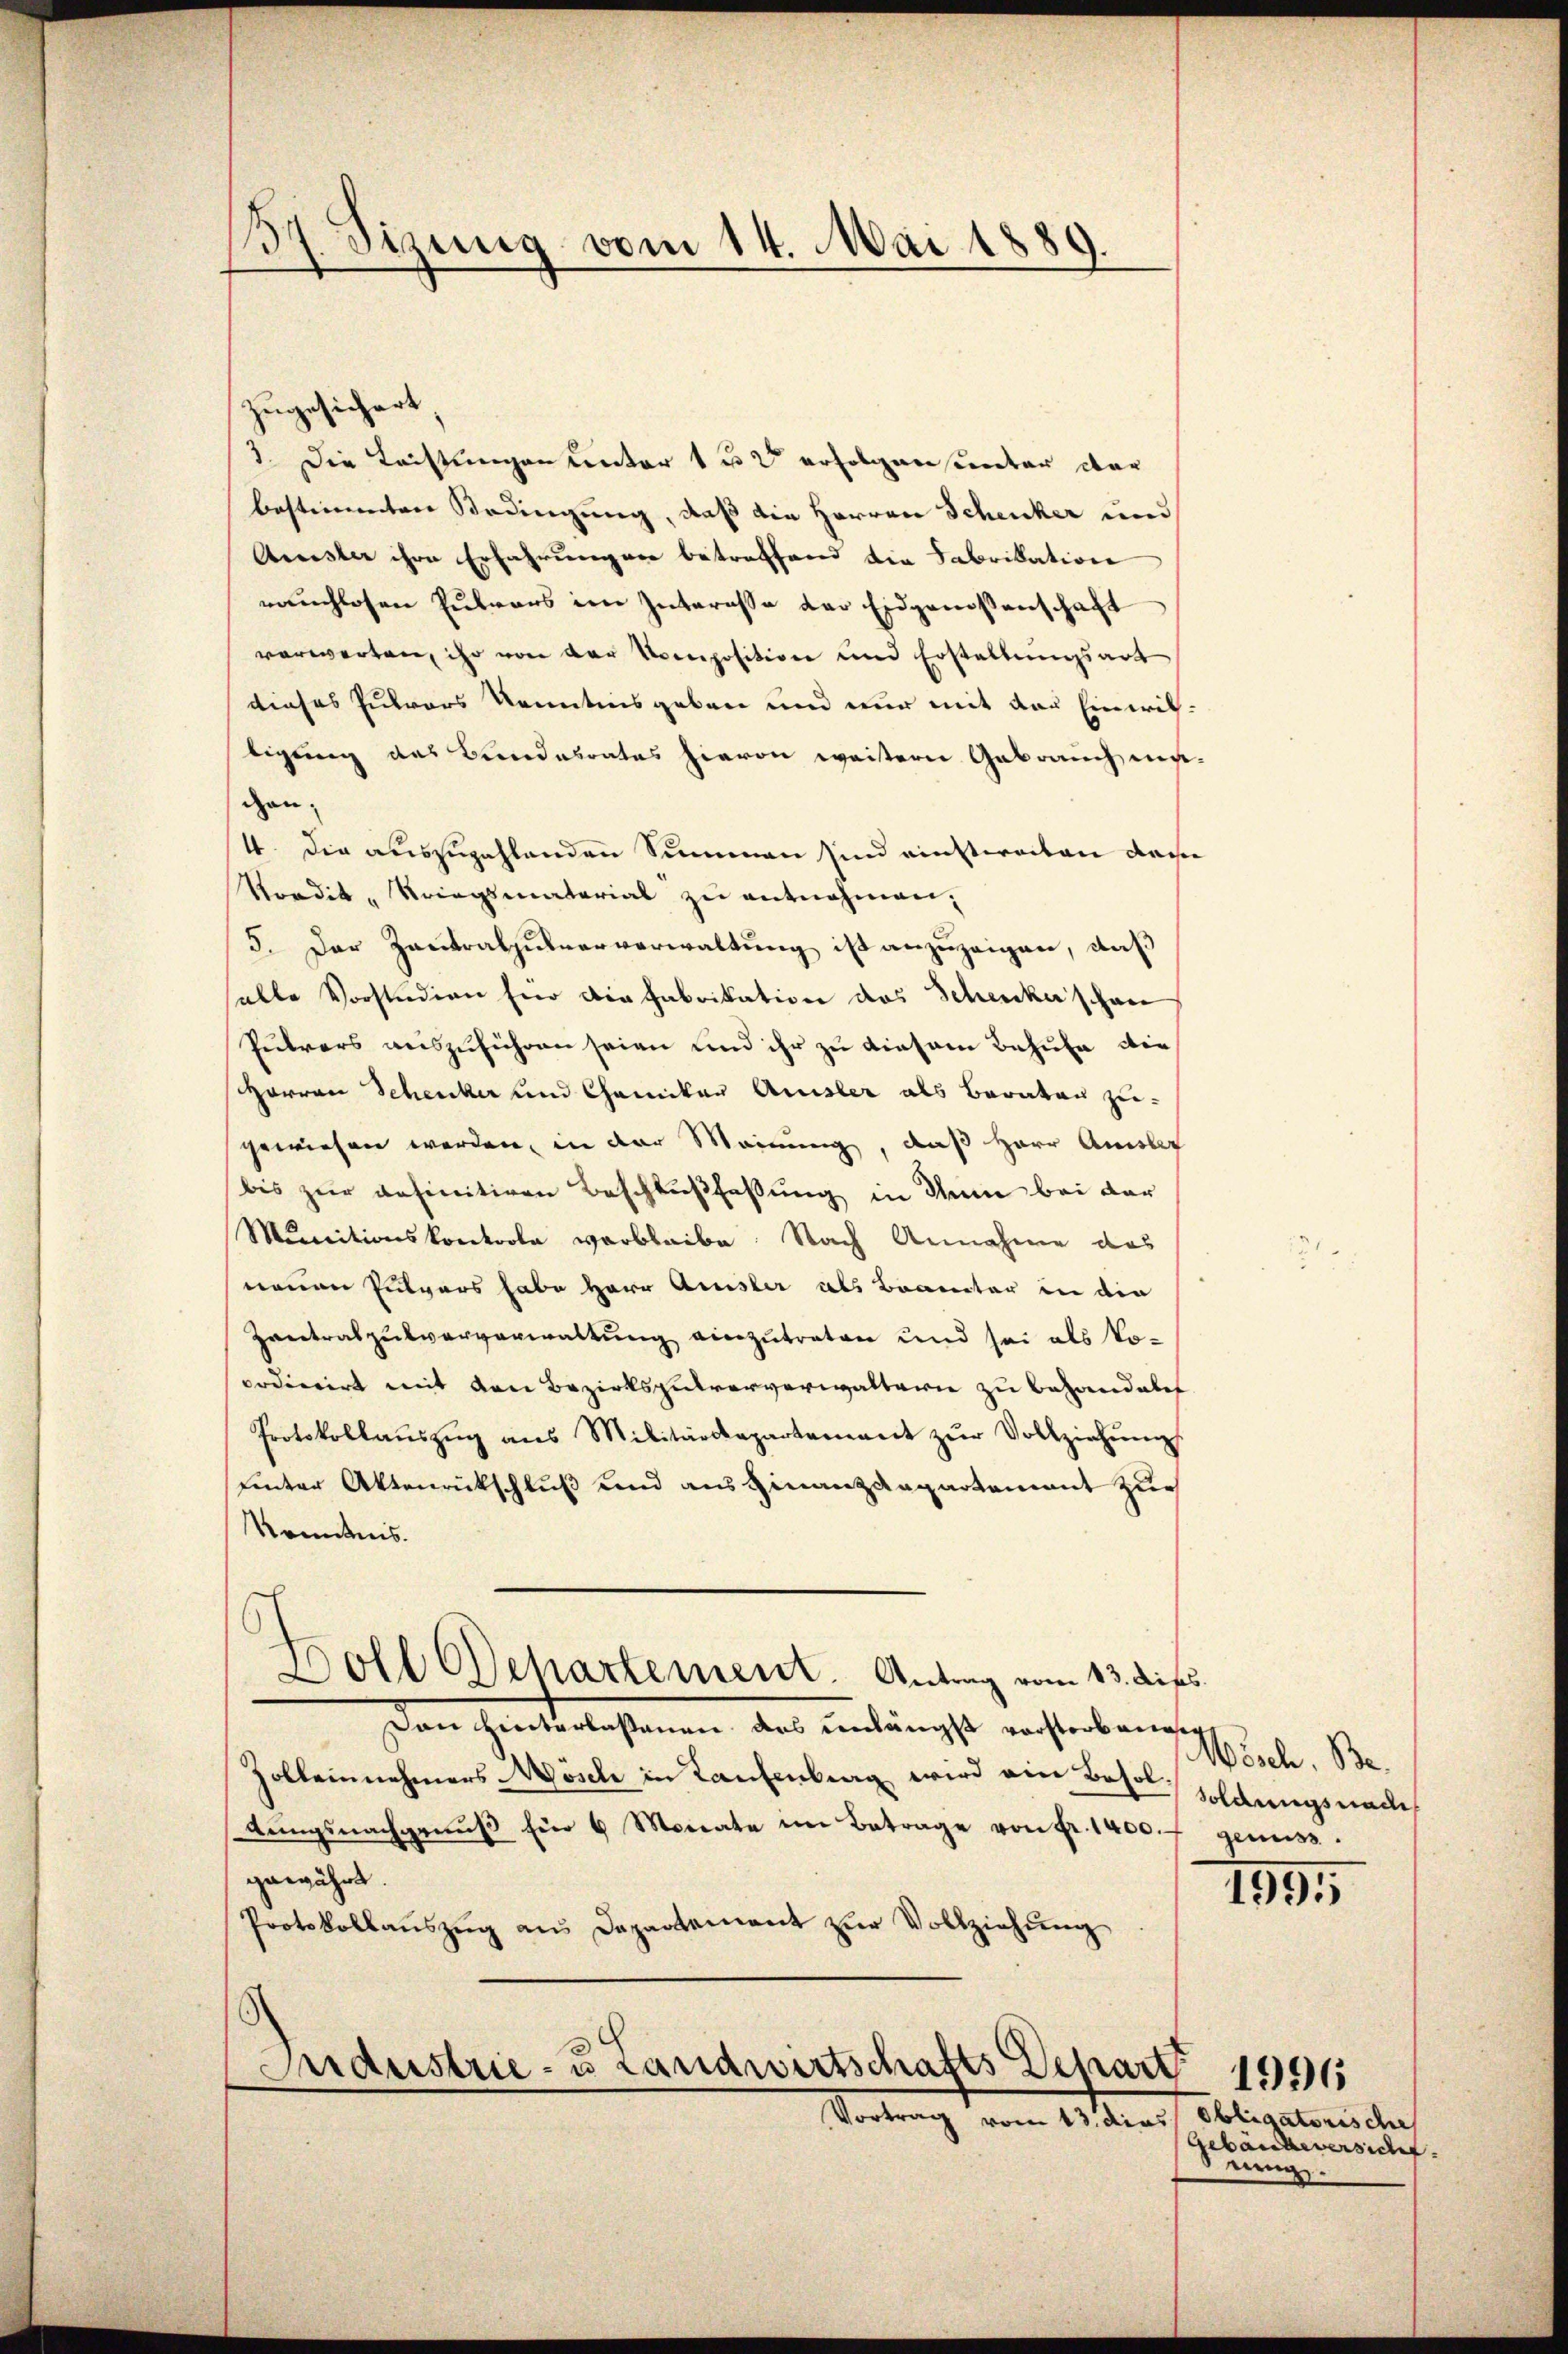
37. Sizung vom 14. Mai 1889.

zugesichert,
3. Die Leistungen unter 1 u 2 erfolgen unter dar
bestimmten Bedingung, daß die Herren Scheucker und
Arister ihre Erfahrunger betreffend die Fabrikation
räuchlosen Pulvers im Interasse der Eidgenossenschaft
verwarten, ihr von der Komposition und Erstellungsart
dieses Zutrars kenntnisgeben und nur mit der Einwiltigung des Bundesrates hievon weitern Gebrauch mi
can.
4. Die auszuzahlenden Summen sind einstweiten dass
Nordik-Kriegsmaterial zu entnehmen;
5. Der Zantralpulververwaltung ist anzuzeigen, daß
salte Vorstudion für die Fabrikation des Schickerschan
Pulvers auszuführen seien und ihr zu diesem Behufe die
Harron Schenker und Chemiker Ausler als Berater zugewiesen werden, in der Meinung, daß Herr Amislic
bis zur anfinitiven Beschlußfassung in den bei der
Munitionskonkoola verbleibe. Nach Annahme das
neuen Pulvers habe Herr Amsler als Brauter in die
Zantralpulververwaltung einzutreten und sei als Vocodicirt mit den Bezirkspulververwaltern zu behandelet
Protokollaŭszŭg ans Militärdepartement zŭr Vollziehŭng.
uinter Aktenrückschluß und aus Finanzkapartement zur
Kenntnis.
Doll Departement. Antrag vom 13. dies
Dan hinterlaßenen das unlängst vorstorbeneig
Zolleinnehmers Mösch in Kaufenberg wird ein Besoltŭngsnachgenŭβ für 6 Monate im Betrage von Fr. 1400.
gewährt.
Protokollaŭszŭg ans Departement zŭr Vollziehŭng
Industrie- u Landwirtschafts Depart 1891

Vortrag vom 13. dies

Wösch. Be.
soldungsnach
genuss.

1995

Obligatorische
Gebäudeversicht
ung.